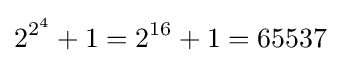
2^{2^{4}}+1=2^{16}+1=65537